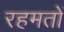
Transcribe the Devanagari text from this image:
रहमतों